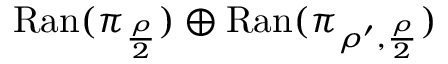
\mathrm { R a n } ( \pi _ { \frac { \rho } { 2 } } ) \oplus \mathrm { R a n } ( \pi _ { \rho ^ { \prime } , \frac { \rho } { 2 } } )